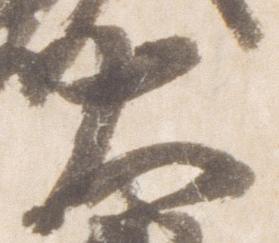
大